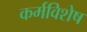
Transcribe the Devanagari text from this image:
कर्मविशेष